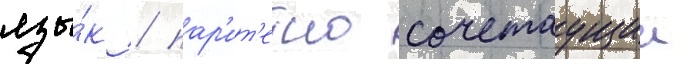
язы́к / пар'ит'етно сочетаущии